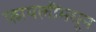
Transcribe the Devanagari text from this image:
फायलींमधून